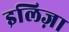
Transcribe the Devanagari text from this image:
इलिज़ा